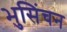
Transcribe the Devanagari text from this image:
भुसिंचन